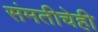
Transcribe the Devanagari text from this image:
संमतीचेही